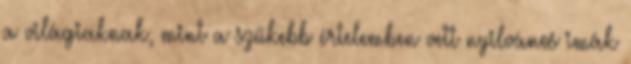
a világiaknak, mint a szűkebb értelemben vett nyilvános imák